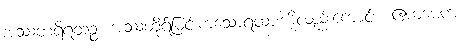
အဿတရိရထဉ္စ၊ အဿတိုရ်မြင်းကသောရထားကိုလည်းကောင်း။ ဧကမေကံ၊